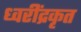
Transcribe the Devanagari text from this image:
ध्वरींद्रकृत